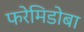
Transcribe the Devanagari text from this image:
फरेमिडोबा